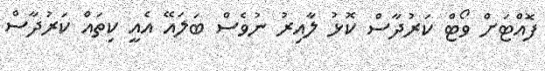
ފޮއްޓަށް ވޯޓް ކަރުދާސް ކޮޅު ލާއިރު ނުވެސް ބަލައޭ އެއީ ކިތައް ކަރުދާސް